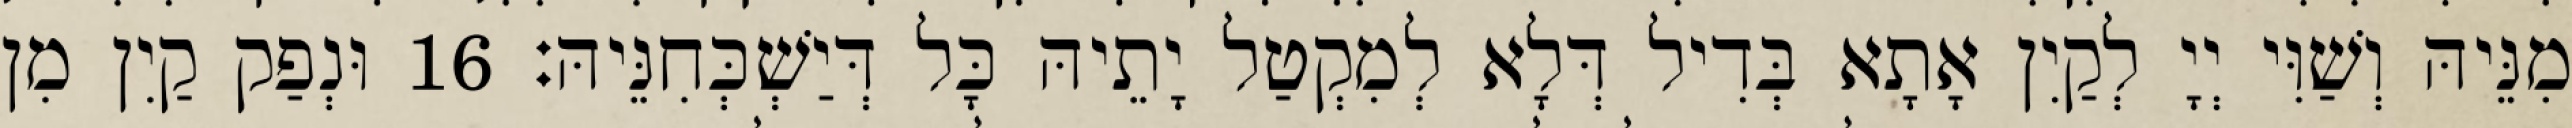
מִנֵּיהּ וְשַׁוִּי יְיָ לְקַיִן אָתָא בְּדִיל דְּלָא לְמִקְטַל יָתֵיהּ כָּל דְּיַשְׁכְּחִנֵּיהּ׃ 16 וּנְפַק קַיִן מִן